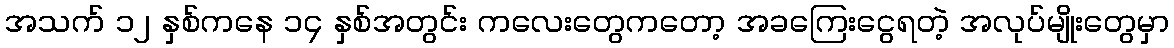
အသက် ၁၂ နှစ်ကနေ ၁၄ နှစ်အတွင်း ကလေးတွေကတော့ အခကြေးငွေရတဲ့ အလုပ်မျိုးတွေမှာ